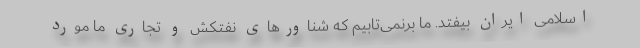
اسلامی ایران بیفتد. ما برنمی‌تابیم که شناورهای نفتکش و تجاری ما مورد